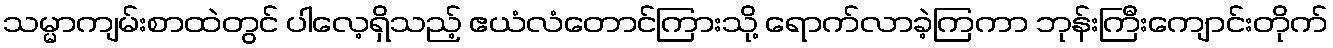
သမ္မာကျမ်းစာထဲတွင် ပါလေ့ရှိသည့် ဧယံလံတောင်ကြားသို့ ရောက်လာခဲ့ကြကာ ဘုန်းကြီးကျောင်းတိုက်